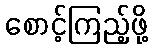
စောင့်ကြည့်ဖို့